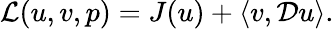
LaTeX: \begin{array}{r}{\mathcal{L}(u,v,p)=J(u)+\langle v,\mathcal{D}u\rangle.}\end{array}